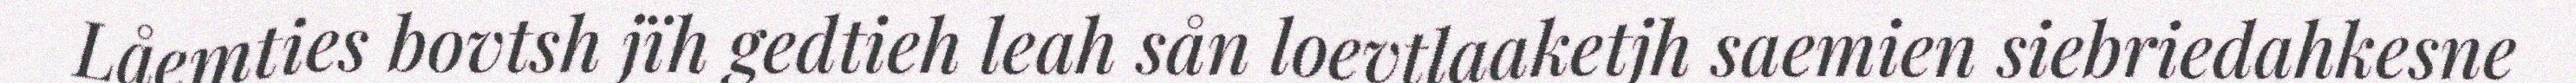
Låemties bovtsh jïh gedtieh leah sån loevtlaaketjh saemien siebriedahkesne